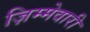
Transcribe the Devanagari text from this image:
ज़िम्मेवारी